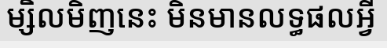
ម្សិលមិញនេះ មិនមានលទ្ធផលអ្វី